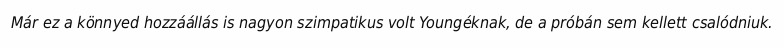
Már ez a könnyed hozzáállás is nagyon szimpatikus volt Youngéknak, de a próbán sem kellett csalódniuk.